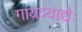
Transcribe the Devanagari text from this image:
गायत्र्याद्यैः